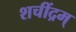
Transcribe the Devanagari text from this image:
शचींद्रम्